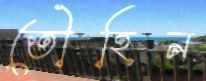
তৌহিন